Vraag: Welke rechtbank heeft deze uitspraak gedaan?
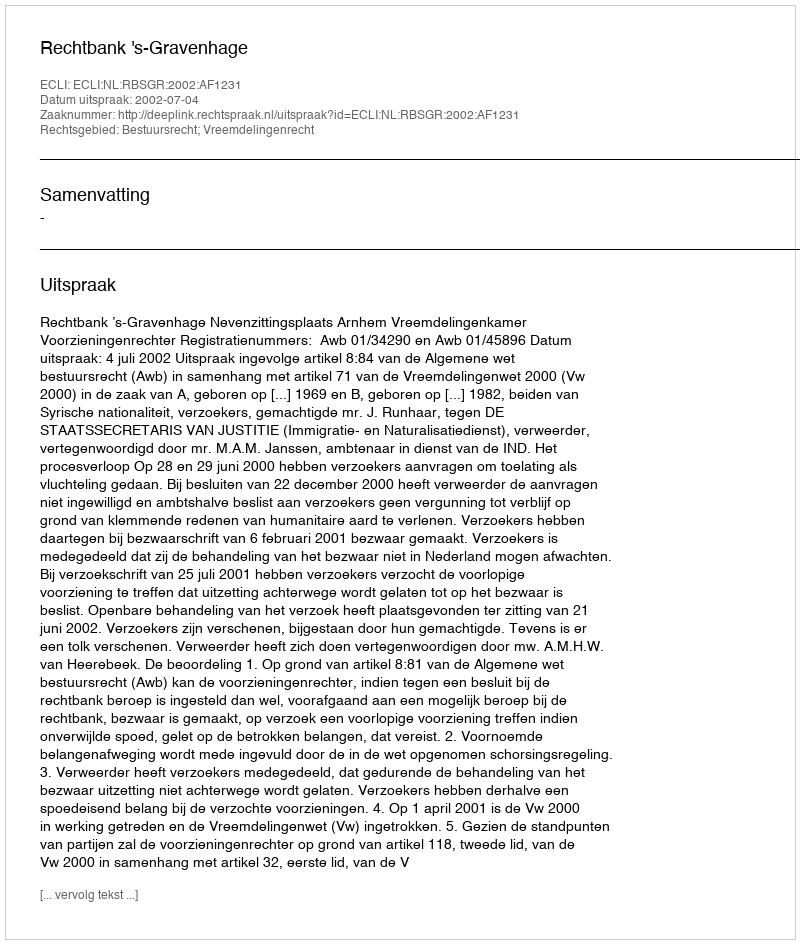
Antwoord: Rechtbank 's-Gravenhage